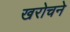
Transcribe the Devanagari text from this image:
खरोचने